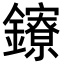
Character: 𨯈